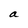
Character: a